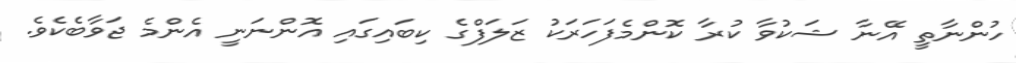
ހުންނާތީ އޭނާ ޝަކުވާ ކުރާ ކޮންމެފަހަރަކު ޒަލަފްގެ ކިބައިގައި އޮންނަނީ އެންމެ ޖަވާބެކެވެ.